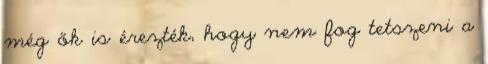
még ők is érezték, hogy nem fog tetszeni a